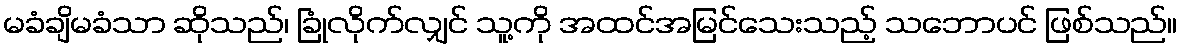
မခံချိမခံသာ ဆိုသည်၊ ခြုံလိုက်လျှင် သူ့ကို အထင်အမြင်သေးသည့် သဘောပင် ဖြစ်သည်။